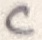
Text: C